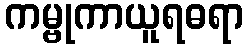
ကမ္ဗုကာယူရဓရာ